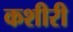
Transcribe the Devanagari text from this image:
कशीरी